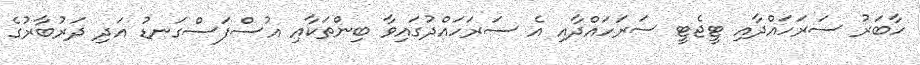
ހާބަރު ސަރަހައްދާއި ޓީޖެޓީ ސަރަހައްދާއި އެ ސަރަހައްދުގައިވާ ބިންތަކާއި އުސްފަސްގަނޑު އަދި ދަރުބާރުގެ